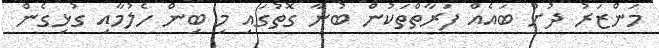
މަންޒަރު ދުށް ބައެއް ފަރާތްތަކުން ބުނާ ގޮތުގައި މި ބިން ހެލުމާއި ގުޅިގެން